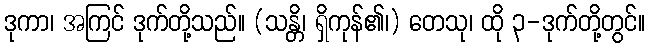
ဒုကာ၊ အကြင် ဒုက်တို့သည်။ (သန္တိ၊ ရှိကုန်၏၊) တေသု၊ ထို ၃-ဒုက်တို့တွင်။